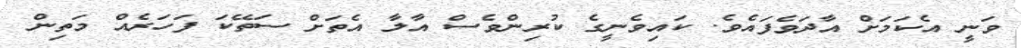
ވަނީ އެކަމަށް އާދަވެފައެވެ. ކައިވެނީގެ ކުރިންވެސް އާލާ އެތަށް ސަތޭކަ ފަހަރެއް މަތިން